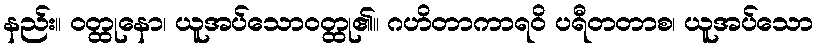
နည်း။ ဝတ္ထုနော၊ ယူအပ်သောဝတ္ထု၏။ ဂဟိတာကာရဝိ ပရီတတာစ၊ ယူအပ်သော